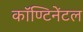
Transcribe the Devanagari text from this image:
कॉण्टिनेंटल